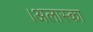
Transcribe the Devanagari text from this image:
।अलास्का